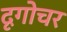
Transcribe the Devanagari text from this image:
दृगोचर